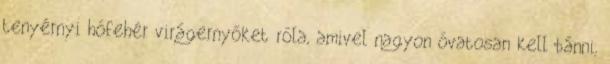
tenyérnyi hófehér virágernyőket róla, amivel nagyon óvatosan kell bánni,